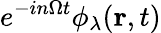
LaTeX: e^{-in\Omega t}\phi_{\lambda}(\mathbf r,t)